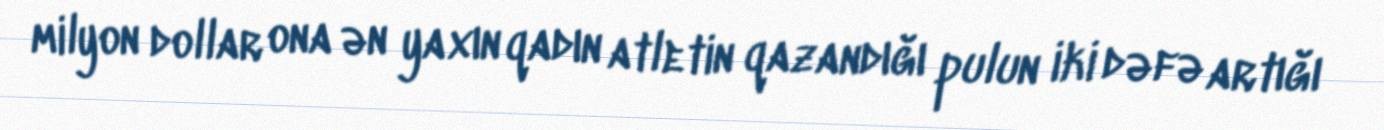
milyon dollar ona ən yaxın qadın atletin qazandığı pulun iki dəfə artığı